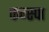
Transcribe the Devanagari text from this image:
फग्स्पा